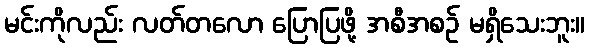
မင်းကိုလည်း လတ်တလော ပြောပြဖို့ အစီအစဉ် မရှိသေးဘူး။